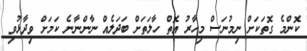
ކޮންމެ ގޮތަކަށް ނިމުނަސް މިހާރު އޮތް ހާލަތަށް ބަދަލެއް ނާންނާނެ ކަމަށް ވިދާޅުވި